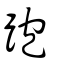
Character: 跑